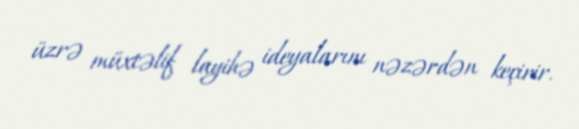
üzrə müxtəlif layihə ideyalarını nəzərdən keçirir.